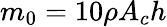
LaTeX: m_{0}=10\rho A_{c}h